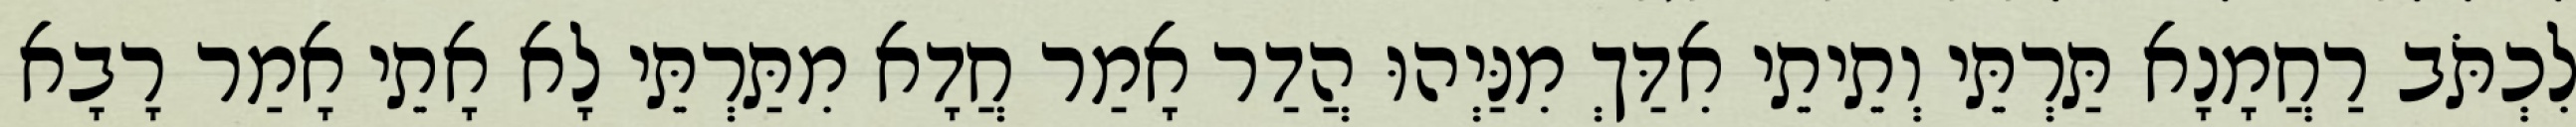
לִכְתֹּב רַחֲמָנָא תַּרְתֵּי וְתֵיתֵי אִדַּךְ מִנַּיְהוּ הֲדַר אָמַר חֲדָא מִתַּרְתֵּי לָא אָתֵי אָמַר רָבָא